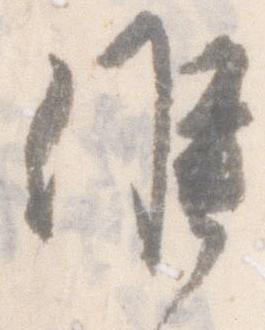
候